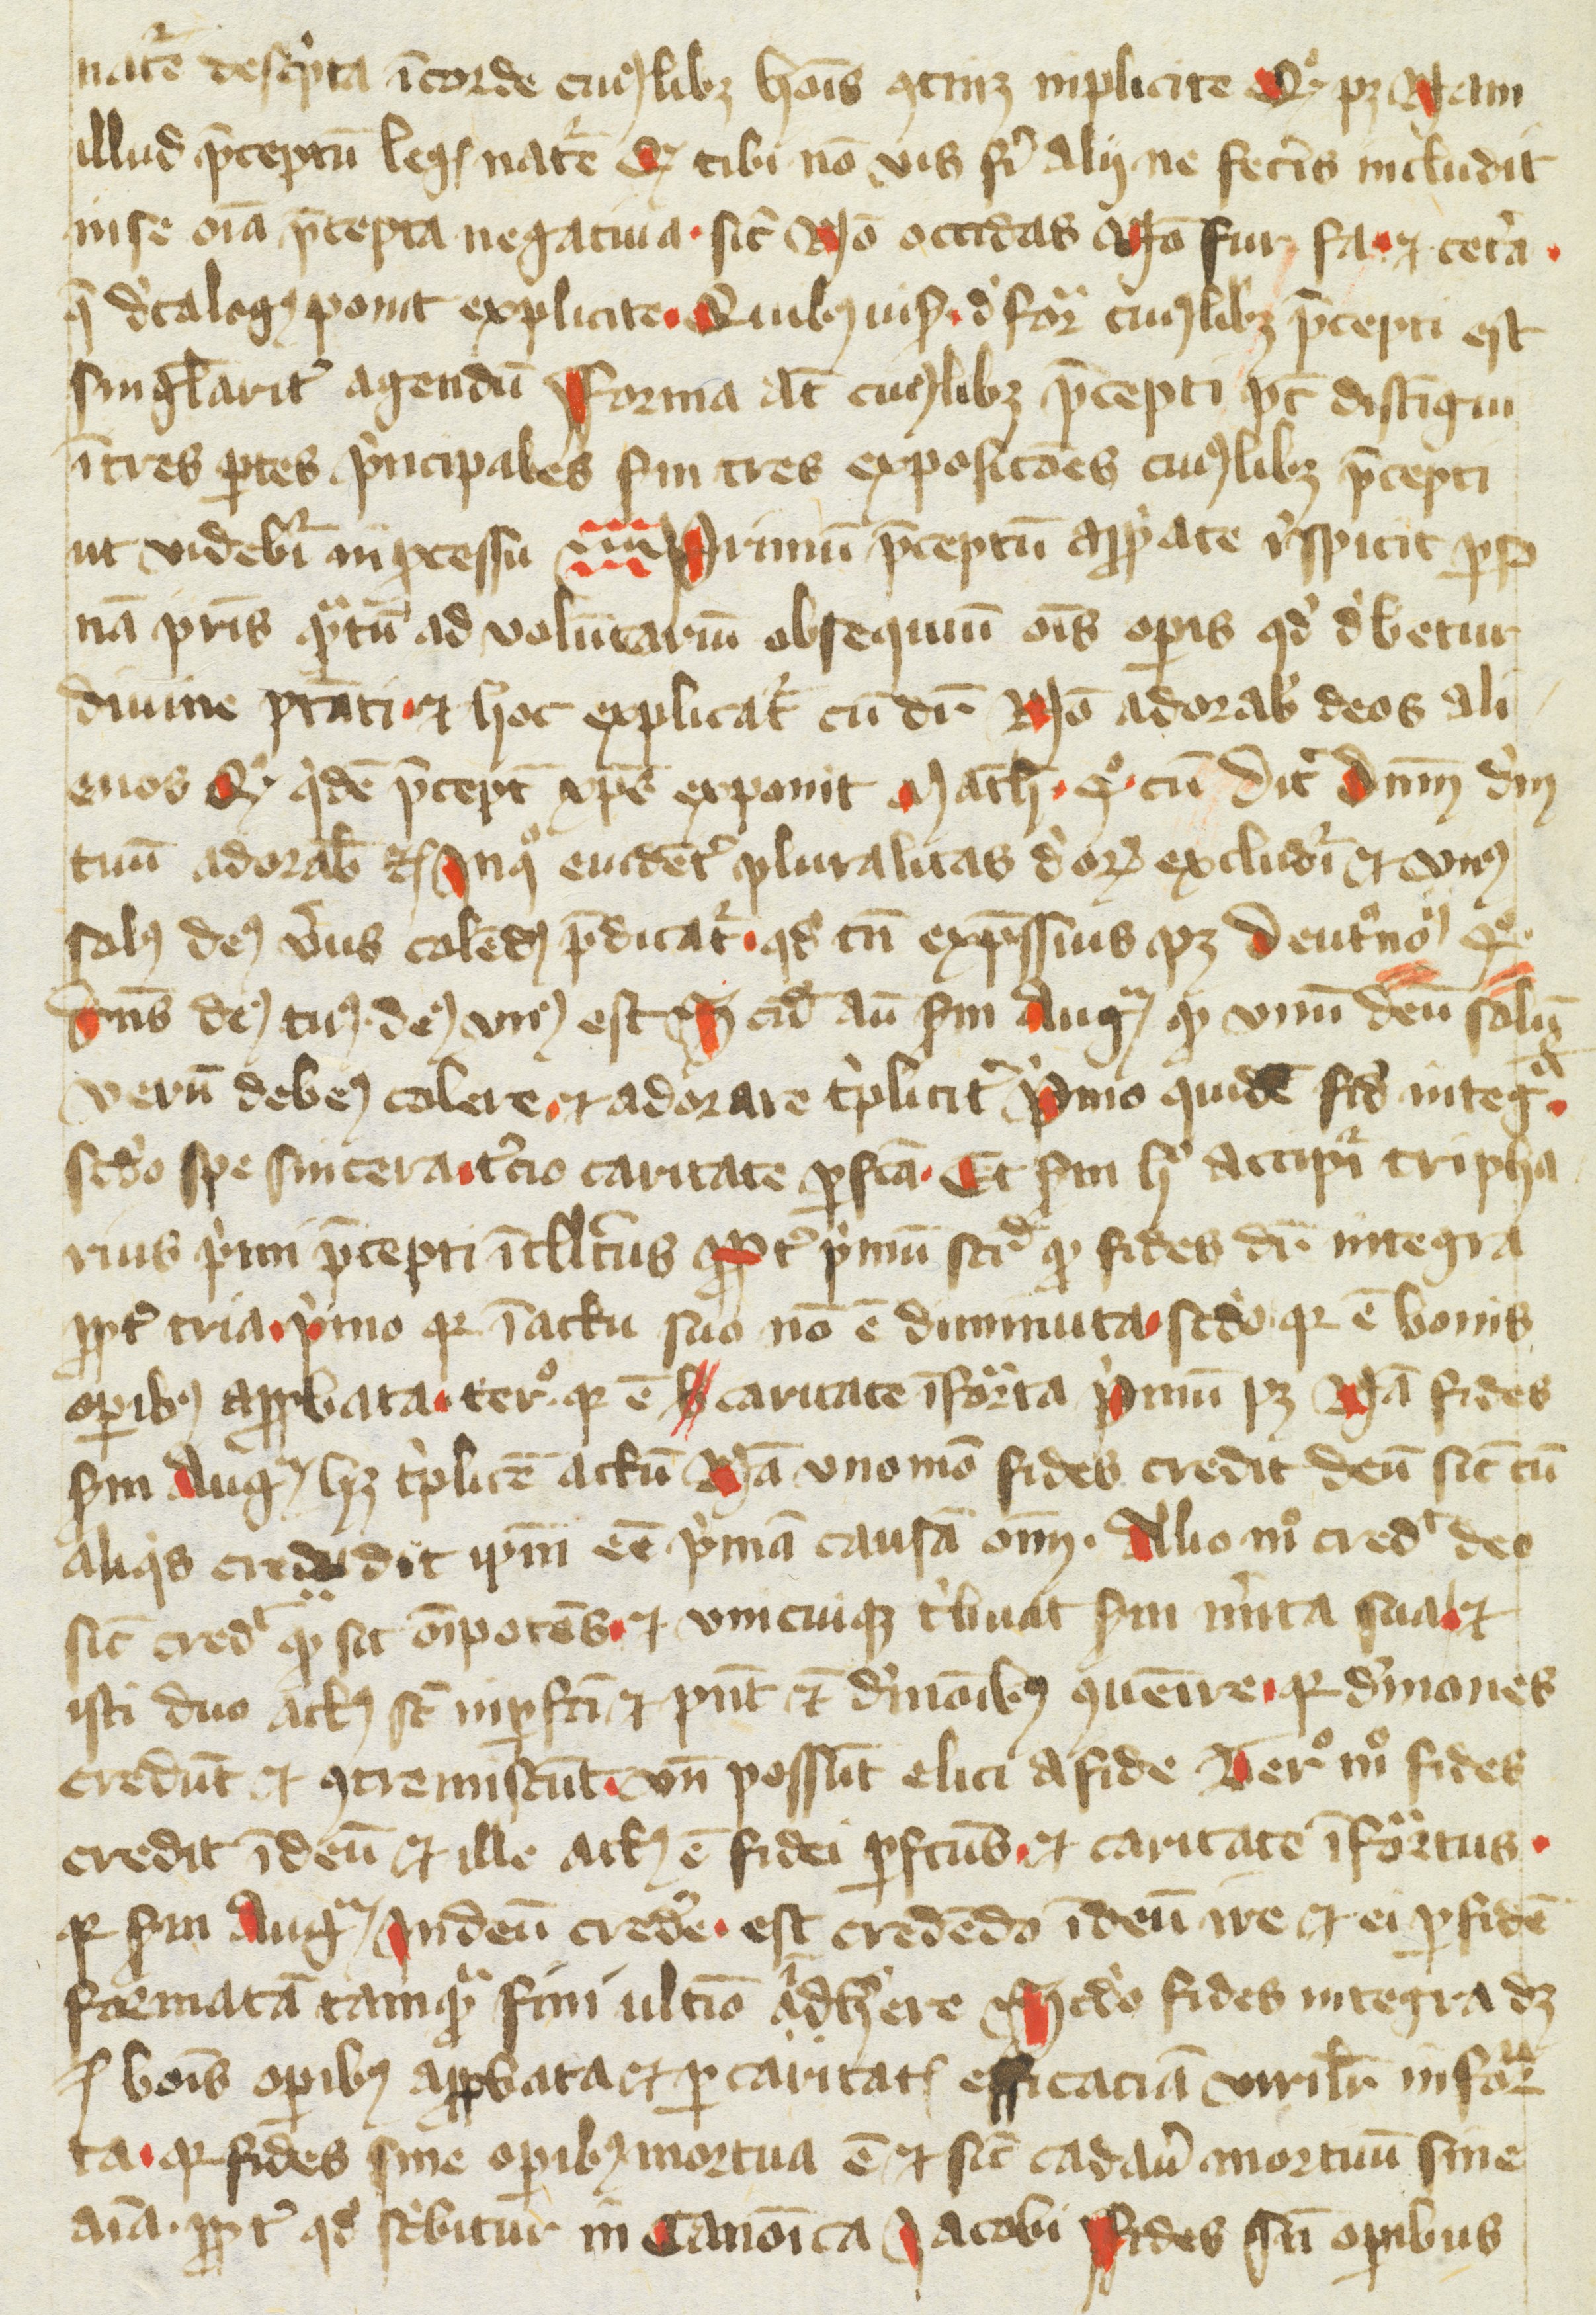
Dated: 1430–1430